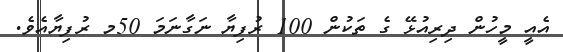
އެއީ މީހުން ދިރިއުޅޭ ގެ ތަކުން 100 ރުފިޔާ ނަގާނަމަ 50މ ރުފިޔާއެވެ.